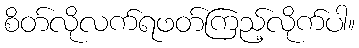
စိတ်လိုလက်ရဖတ်ကြည့်လိုက်ပါ။